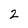
Character: 2